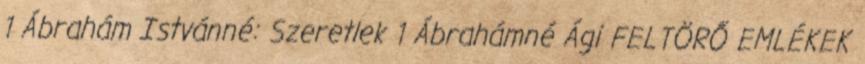
1 Ábrahám Istvánné: Szeretlek 1 Ábrahámné Ági FELTÖRŐ EMLÉKEK